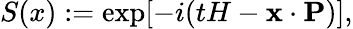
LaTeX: S(x):=\exp[-i(tH-{\mathbf x}\cdot{\mathbf P})],